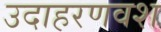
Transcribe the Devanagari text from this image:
उदाहरणवश